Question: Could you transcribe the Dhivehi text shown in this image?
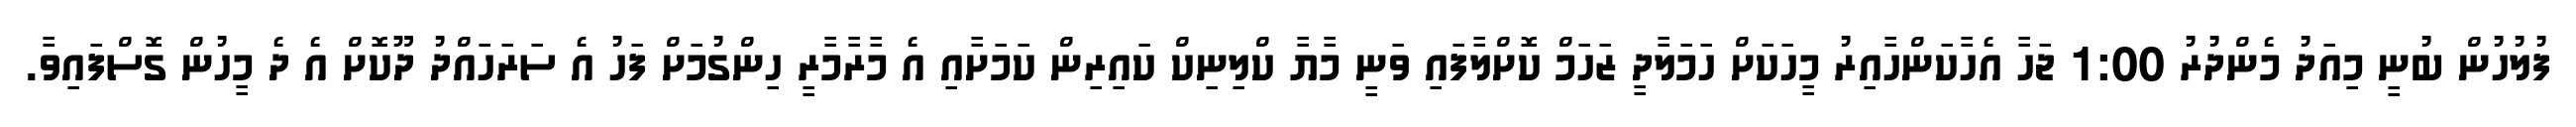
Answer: ފުލުހުން ބުނީ މިއަދު މެންދުރު 1:00 ޖަހާ އެހާކަންހާއިރު މީހަކަށް ހަމަލާދީ ޒަހަމް ކޮށްލާފައި ވަނީ މާޔާ ކްލިނިކް ކައިރިން ކަމަށާއި އެ މާރާމާރީ ހިންގުމަށް ފަހު އެ ސަރަހައްދު ދޫކޮށް އެ ދެ މީހުން ގޮސްފައިވާ.